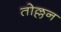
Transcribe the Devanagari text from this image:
तोल्लन